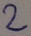
Text: 2